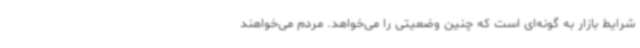
شرایط بازار به گونه‌ای است که چنین وضعیتی را می‌خواهد. مردم می‌خواهند